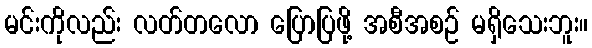
မင်းကိုလည်း လတ်တလော ပြောပြဖို့ အစီအစဉ် မရှိသေးဘူး။